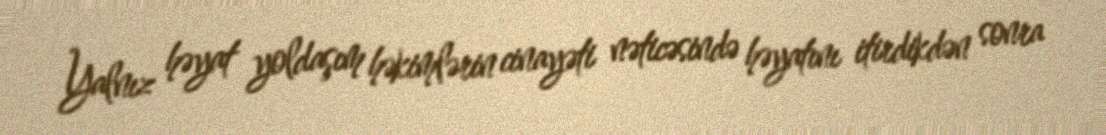
Yalnız həyat yoldaşım həkimlərin cinayəti nəticəsində həyatını itirdikdən sonra